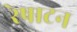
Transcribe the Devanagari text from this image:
रेषाटन